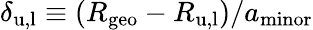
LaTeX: \delta_{\mathrm{u,l}}\equiv(R_{\mathrm{geo}}-R_{\mathrm{u,l}})/a_{\mathrm{minor}}